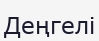
Деңгелі